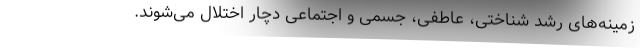
زمینه‌های رشد شناختی، عاطفی، جسمی و اجتماعی دچار اختلال می‌شوند.